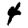
Digit: 4